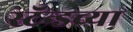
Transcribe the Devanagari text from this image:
स्टॅन्डच्या